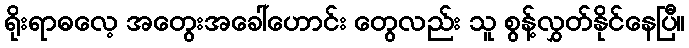
ရိုးရာဓလေ့ အတွေးအခေါ်ဟောင်း တွေလည်း သူ စွန့်လွှတ်နိုင်နေပြီ။